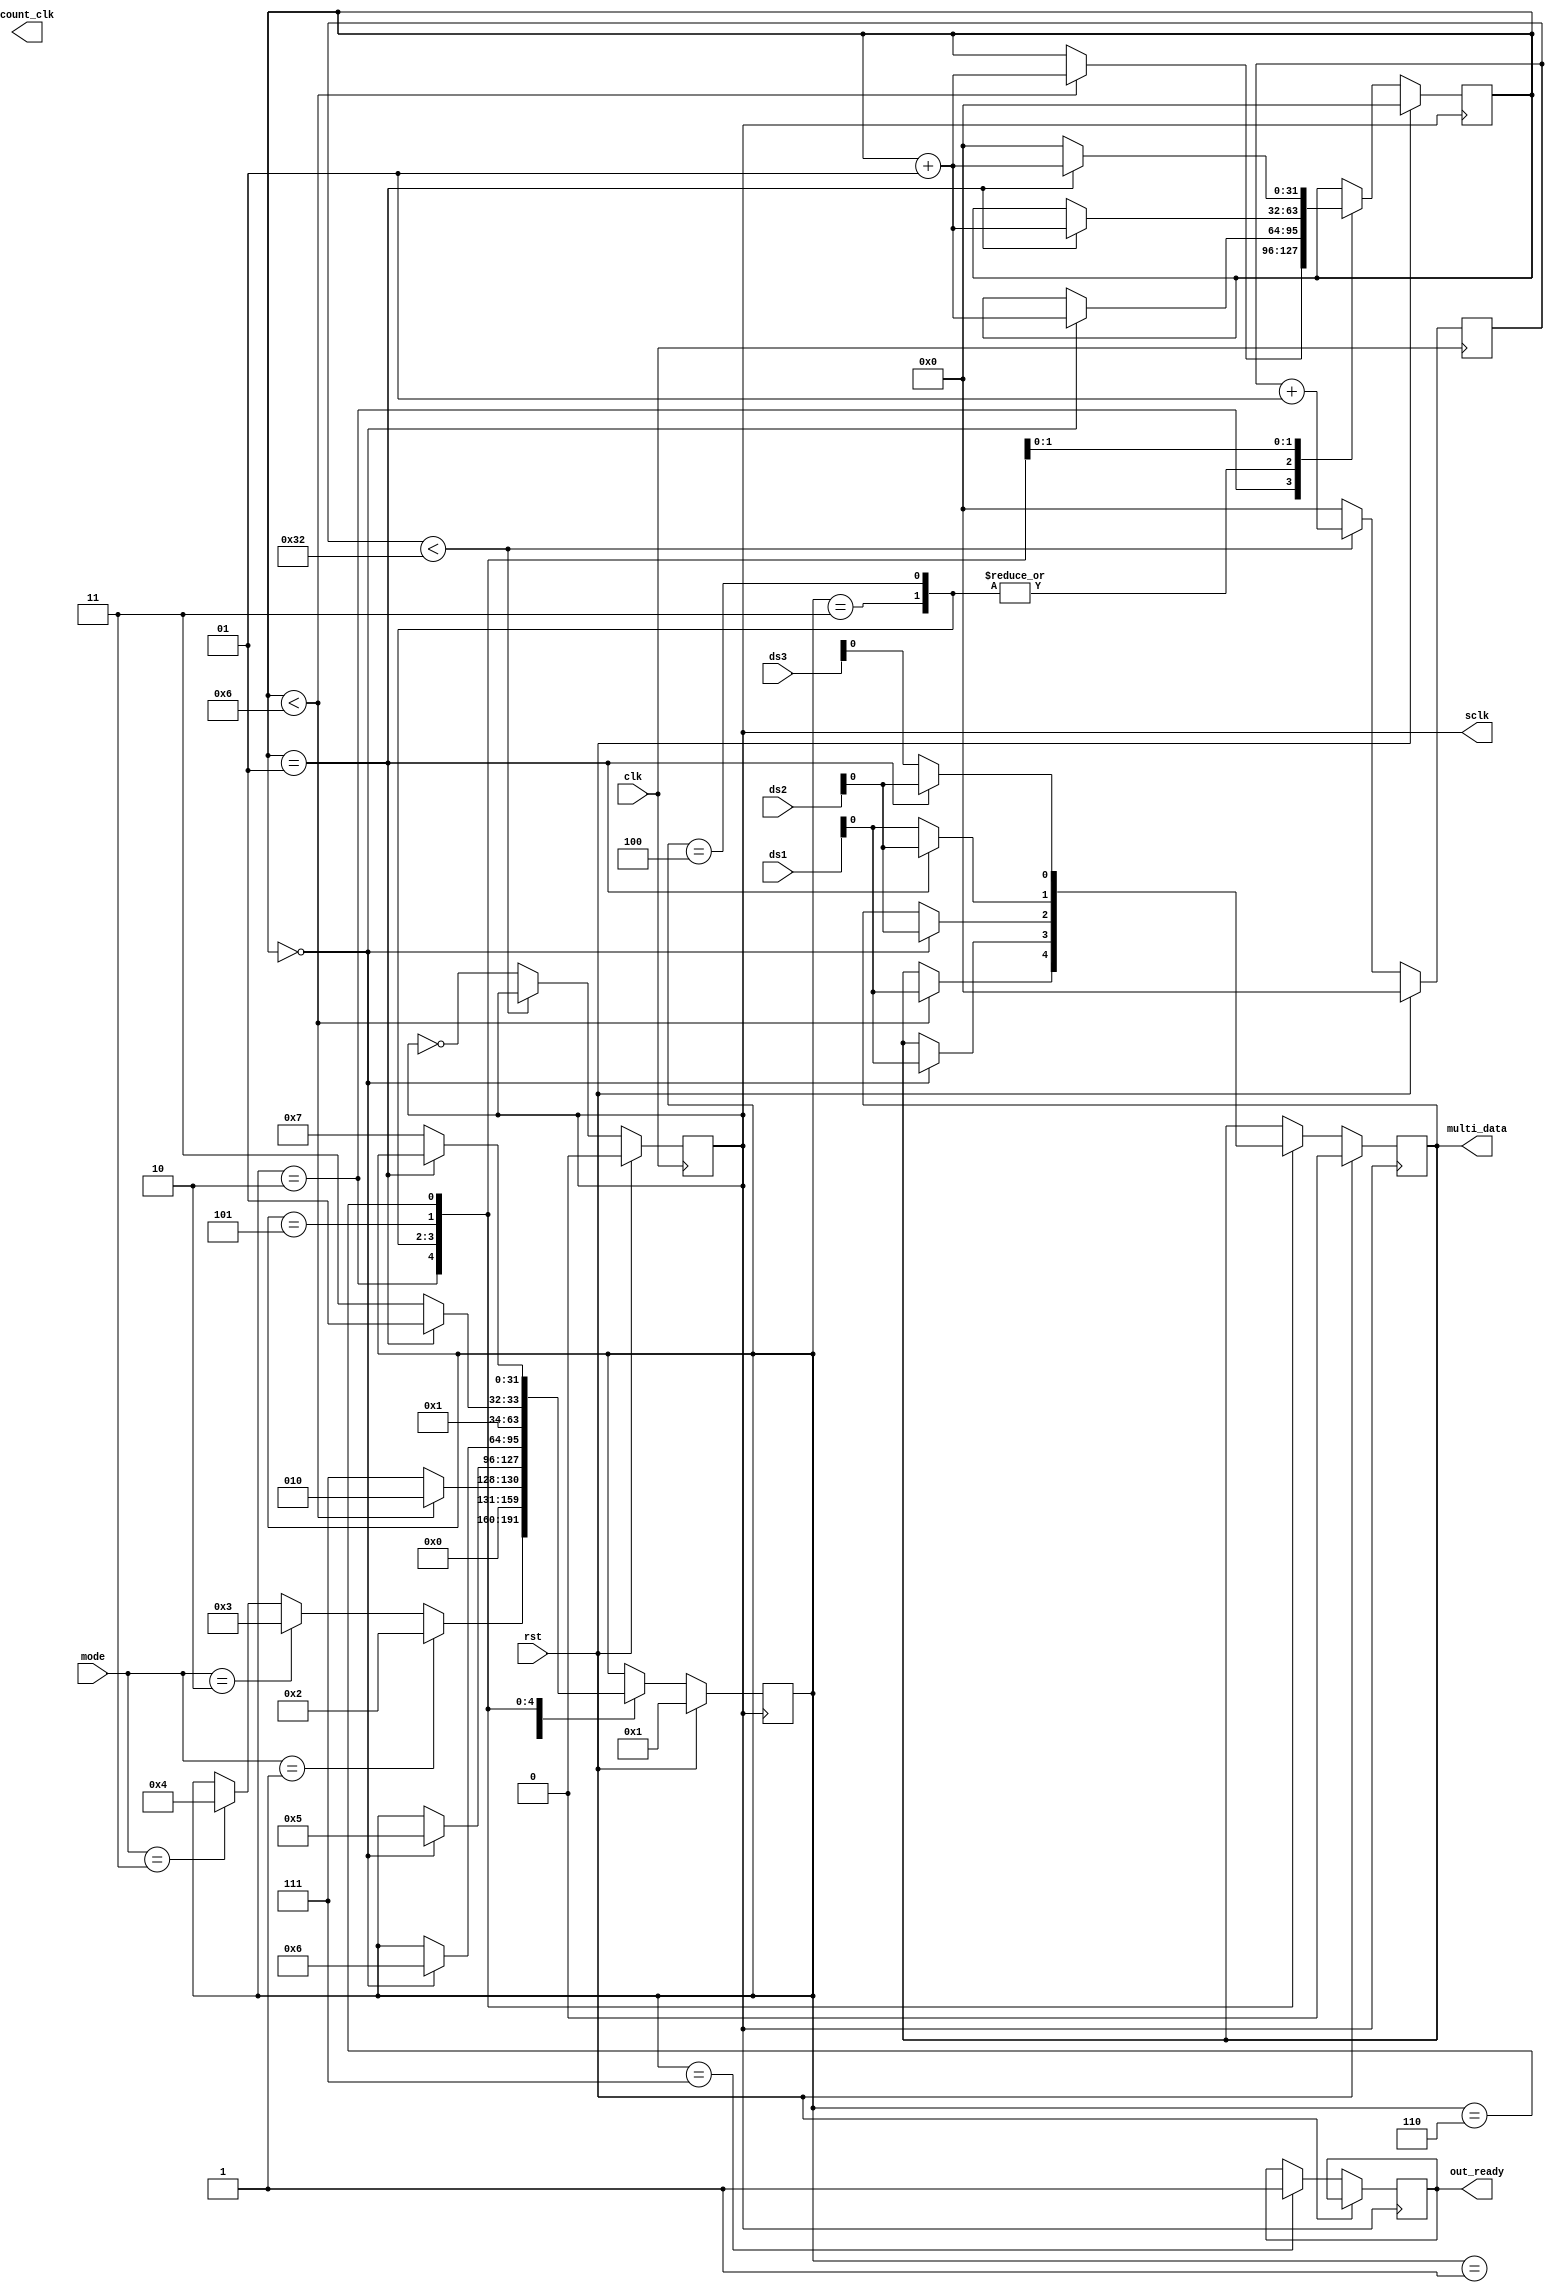
module multiplexing( input clk ,rst ,
output reg  sclk,count_clk, 
input [1:0]mode,
input  [7:0]ds1,ds2,ds3,
output reg multi_data,
output reg out_ready

    );
    
    integer countc= 0;
    integer count = 0;
    reg [11:0]temp;
    integer state;
    
    
    /// generation of sclk for 1 mhz
    
    always @(posedge clk)
    begin
        if(rst == 1)
            begin
            countc <=0;
            sclk <= 1'b0;
            end
    
        else
            begin
             if(countc<50)
              begin
             countc <= countc+1;
              end
             else
              begin
              countc<=0;
              sclk = ~sclk;
              end         
            end
    
    end
    
    
   always@(posedge sclk)
   begin
       if(rst==1)
       begin
       multi_data <= 0;
       state <= 1;
       count <= 0;
       
       end
       else 
       begin
         case(state)
               1:
               begin
                  if(mode==1)
                  state <= 2;
                  else if (mode==2)
                  state <= 3;
                  else if(mode==3)
                  state <= 4;
               end
               2 :
               begin
                  if(count<6)
                      begin
                      multi_data <= ds1;
                      count <= count+1;
                      state<= 2;
                      end
                   else
                   state <= 7 ; //done
                   
               end
               
               3:
               begin
                  if(count==0)
                   begin
                     multi_data <= ds1;
                     count <= count+1;
                      state<= 5;
                   end
                  
                  
               end
               
               4:
               begin
               if(count==0)
                   begin
                      multi_data <= ds2;
                      count<=count+1;
                       state <= 6;
                   end
             
               
               end
               
               
               
              5 :
              begin
                if(count==1)
                 begin
                    multi_data <= ds2;
                    count <= count+1;
                    state<= 5;
                 end
                else
                begin
                 multi_data <= ds1;
                 state<= 7; //Done
                end
              
              end
              
             6:
             begin
               if(count==1)
                   begin
                    multi_data <= ds2;
                     count<= count+1;
                   end
                  
               else 
               begin
                multi_data <= ds3;
                state<= 7;//done
                count <=0;
               end
             end
             
            7: // out_ready == Done state
            begin
            out_ready <= 1;
            end
          endcase
   
      end
   end
   
   
   
   
   
   
    endmodule